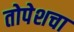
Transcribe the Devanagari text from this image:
तोपेशचा